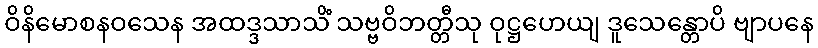
ဝိနိမောစနဝသေန အထဒ္ဒသာသိံ သဗ္ဗဝိဘတ္တီသု ဝုဋ္ဌဟေယျ ဒူသေန္တောပိ ဗျာပနေ